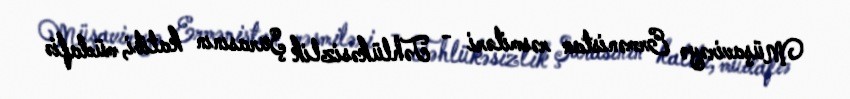
Müşavirəyə Ermənistan rəsmiləri - Təhlükəsizlik Şurasının katibi, müdafiə